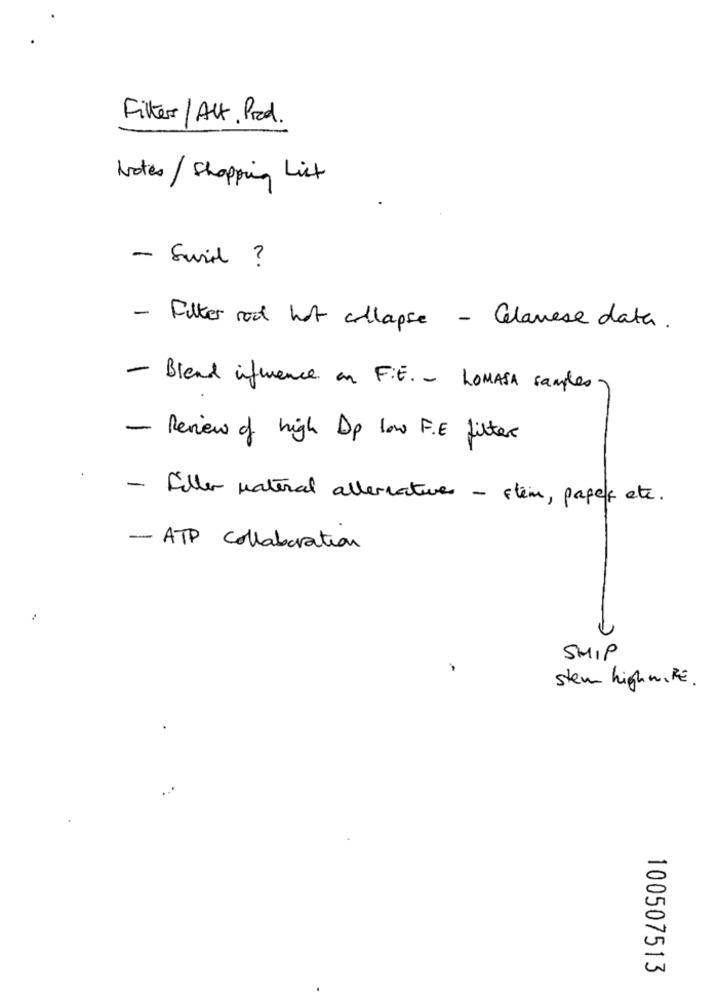
Filter / Alt. Prod.
Notes / Shopping List
- Suril ?
- Filter rod hat allapse - Celanese data.
- Blend influence on F.E. - LOMASA samples
- Review of high Dp low F.E filter
- Filler natural alternatives - stem, paper etc.
- ATP collaboration
SHIP
stem highniFE.
100507513